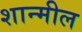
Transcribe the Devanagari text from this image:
शान्मील